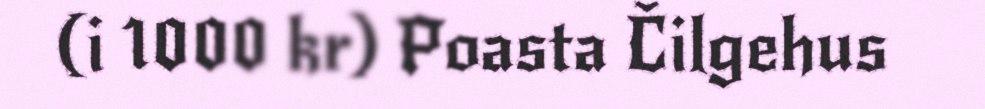
(i 1000 kr) Poasta Čilgehus